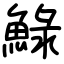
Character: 䱚